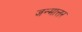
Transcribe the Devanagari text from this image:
जन्मात्तर